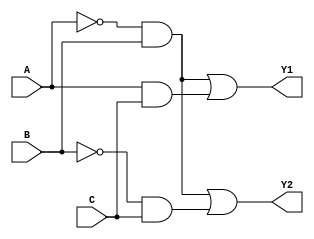
module combinational_logic_block (
    input wire A,      // Input A
    input wire B,      // Input B
    input wire C,      // Input C
    output wire Y1,    // Output Y1
    output wire Y2     // Output Y2
);

// Internal signals for intermediate calculations
wire A_not;          // NOT A
wire B_not;          // NOT B
wire A_and_B;        // A AND B
wire A_and_C;        // A AND C
wire B_and_C;        // B AND C

// Logic implementation
// Generate NOT signals
not (A_not, A);
not (B_not, B);

// Generate AND signals
and (A_and_B, A_not, B); // A'B
and (A_and_C, A, C);     // AC
and (B_and_C, B_not, C); // AB'

// Generate OR outputs
or (Y1, A_and_B, A_and_C); // Y1 = A'B + AC
or (Y2, A_and_B, B_and_C); // Y2 = AB' + BC

endmodule